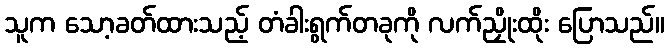
သူက သော့ခတ်ထားသည့် တံခါးရွက်တခုကို လက်ညှိုးထိုး ပြောသည်။